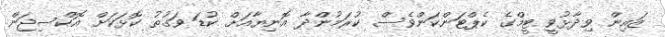
ޒައިން ވިދާޅުވީ ޓީމްގެ ކެޕްޓަންކަންވެސް ކުރަމުންދާ އޮނިޔާއަށް ކުޑަ ވަގުތު ކޮޅަކަށް އޮކްސިޖަން